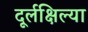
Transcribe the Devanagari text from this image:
दूर्लक्षिल्या